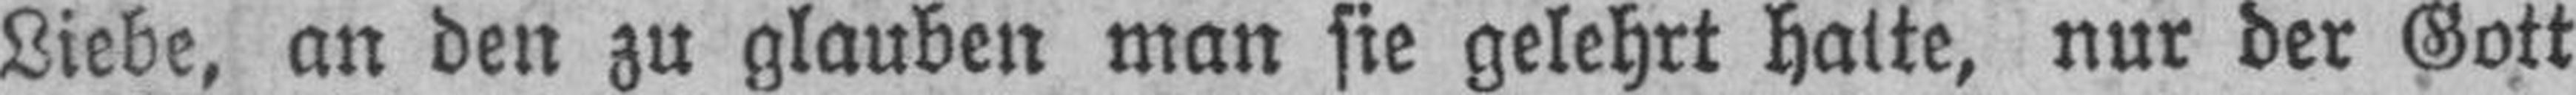
Liebe, an den zu glauben man sie gelehrt halte, nur der Gott